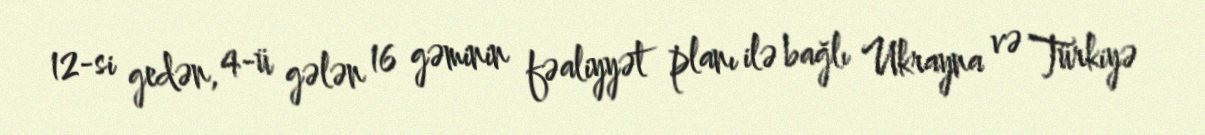
12-si gedən, 4-ü gələn 16 gəminin fəaliyyət planı ilə bağlı Ukrayna və Türkiyə